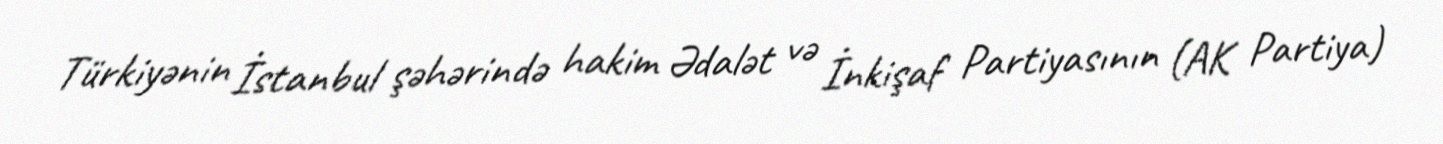
Türkiyənin İstanbul şəhərində hakim Ədalət və İnkişaf Partiyasının (AK Partiya)